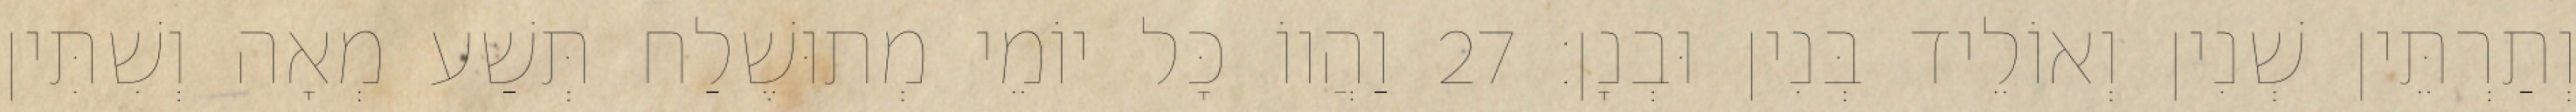
וְתַרְתֵּין שְׁנִין וְאוֹלֵיד בְּנִין וּבְנָן׃ 27 וַהֲווֹ כָּל יוֹמֵי מְתוּשֶׁלַח תְּשַׁע מְאָה וְשִׁתִּין